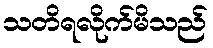
သတိရလိုက်မိသည်